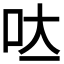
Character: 𭇃